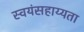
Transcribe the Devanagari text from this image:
स्वयंसहाय्यता